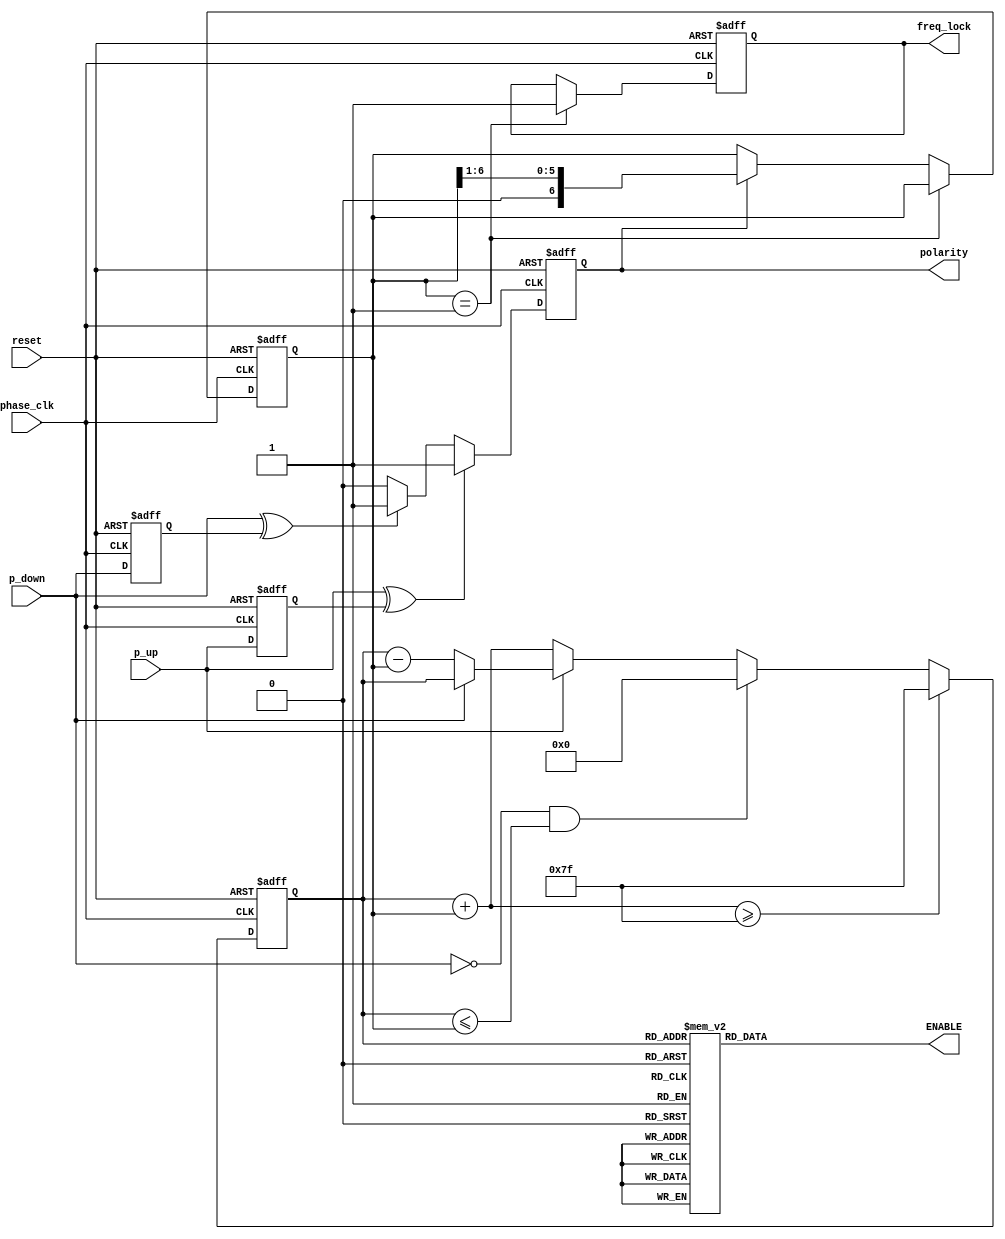
//------------------------------------------------------//
//- Advanced Digital IC Design                          //
//-                                                     //
//- Exercise: PLL Controller                            //
//------------------------------------------------------//

`timescale 1ns/1ps
module CONTROLLER(reset, phase_clk, p_up, p_down, 
                  ENABLE, freq_lock, polarity);

input	       reset, phase_clk;
input          p_up, p_down;
output reg [127:0]   ENABLE;
output reg        freq_lock;
output reg         polarity;

reg	[6:0]	step,dco_code;
reg		up,down;

parameter stride = 7'd32;
parameter CODE = 7'd64;
//Write Your PLL Controller Here

always@(negedge phase_clk or posedge reset)
begin
	if(reset)
		freq_lock <= 1'b0;
	else if(step == 1'b1)
		freq_lock <= 1'b1;
end

always@(negedge phase_clk or posedge reset)
begin
	if(reset)
		up <= 1'b0;
	else 
		up <= p_up;
end

always@(negedge phase_clk or posedge reset)
begin
	if(reset)
		down <= 1'b0;
	else 
		down <= p_down;
end

always@(negedge phase_clk or posedge reset)
begin
	if(reset)
		polarity <= 1'b1;
	else if(p_up ^ up)
		polarity <= 1'b1;
	else if(p_down ^ down)
		polarity <= 1'b1;
	else
		polarity <= 1'b0;
end

always@(negedge phase_clk or posedge reset)
begin
	if(reset)
		step <= stride;
	else if(step == 1'd1)
		step <= step;
	else if(polarity == 1'b1)
		step <= step >> 1;
end

always@(negedge phase_clk or posedge reset)
begin
	if(reset)
		dco_code <= CODE;
	else if((dco_code + step) >= 7'd127)
		dco_code <= 7'd127;
	else if((p_down == 1'd0)&&(dco_code<=step))
		dco_code <= 7'd0;
	else if(p_up == 1'd0)
		dco_code <= dco_code + step;
	else if(p_down == 1'd0)
		dco_code <= dco_code - step;
end

always@(*)begin
case(dco_code)
7'd0:ENABLE<=  128'h00000000000000000000000000000000;
7'd1:ENABLE<=  128'h00000000000000000000000000000001;
7'd2:ENABLE<=  128'h00000000000000000000000000000003;
7'd3:ENABLE<=  128'h00000000000000000000000000000007;
7'd4:ENABLE<=  128'h0000000000000000000000000000000f;
7'd5:ENABLE<=  128'h0000000000000000000000000000001f;
7'd6:ENABLE<=  128'h0000000000000000000000000000003f;
7'd7:ENABLE<=  128'h0000000000000000000000000000007f;
7'd8:ENABLE<=  128'h000000000000000000000000000000ff;
7'd9:ENABLE<=  128'h000000000000000000000000000001ff;
7'd10:ENABLE<= 128'h000000000000000000000000000003ff;
7'd11:ENABLE<= 128'h000000000000000000000000000007ff;
7'd12:ENABLE<= 128'h00000000000000000000000000000fff;
7'd13:ENABLE<= 128'h00000000000000000000000000001fff;
7'd14:ENABLE<= 128'h00000000000000000000000000003fff;
7'd15:ENABLE<= 128'h00000000000000000000000000007fff;
7'd16:ENABLE<= 128'h0000000000000000000000000000ffff;
7'd17:ENABLE<= 128'h0000000000000000000000000001ffff;
7'd18:ENABLE<= 128'h0000000000000000000000000003ffff;
7'd19:ENABLE<= 128'h0000000000000000000000000007ffff;
7'd20:ENABLE<= 128'h000000000000000000000000000fffff;
7'd21:ENABLE<= 128'h000000000000000000000000001fffff;
7'd22:ENABLE<= 128'h000000000000000000000000003fffff;
7'd23:ENABLE<= 128'h000000000000000000000000007fffff;
7'd24:ENABLE<= 128'h00000000000000000000000000ffffff;
7'd25:ENABLE<= 128'h00000000000000000000000001ffffff;
7'd26:ENABLE<= 128'h00000000000000000000000003ffffff;
7'd27:ENABLE<= 128'h00000000000000000000000007ffffff;
7'd28:ENABLE<= 128'h0000000000000000000000000fffffff;
7'd29:ENABLE<= 128'h0000000000000000000000001fffffff;
7'd30:ENABLE<= 128'h0000000000000000000000003fffffff;
7'd31:ENABLE<= 128'h0000000000000000000000007fffffff;
7'd32:ENABLE<= 128'h000000000000000000000000ffffffff;
7'd33:ENABLE<= 128'h000000000000000000000001ffffffff;
7'd34:ENABLE<= 128'h000000000000000000000003ffffffff;
7'd35:ENABLE<= 128'h000000000000000000000007ffffffff;
7'd36:ENABLE<= 128'h00000000000000000000000fffffffff;
7'd37:ENABLE<= 128'h00000000000000000000001fffffffff;
7'd38:ENABLE<= 128'h00000000000000000000003fffffffff;
7'd39:ENABLE<= 128'h00000000000000000000007fffffffff;
7'd40:ENABLE<= 128'h0000000000000000000000ffffffffff;
7'd41:ENABLE<= 128'h0000000000000000000001ffffffffff;
7'd42:ENABLE<= 128'h0000000000000000000003ffffffffff;
7'd43:ENABLE<= 128'h0000000000000000000007ffffffffff;
7'd44:ENABLE<= 128'h000000000000000000000fffffffffff;
7'd45:ENABLE<= 128'h000000000000000000001fffffffffff;
7'd46:ENABLE<= 128'h000000000000000000003fffffffffff;
7'd47:ENABLE<= 128'h000000000000000000007fffffffffff;
7'd48:ENABLE<= 128'h00000000000000000000ffffffffffff;
7'd49:ENABLE<= 128'h00000000000000000001ffffffffffff;
7'd50:ENABLE<= 128'h00000000000000000003ffffffffffff;
7'd51:ENABLE<= 128'h00000000000000000007ffffffffffff;
7'd52:ENABLE<= 128'h0000000000000000000fffffffffffff;
7'd53:ENABLE<= 128'h0000000000000000001fffffffffffff;
7'd54:ENABLE<= 128'h0000000000000000003fffffffffffff;
7'd55:ENABLE<= 128'h0000000000000000007fffffffffffff;
7'd56:ENABLE<= 128'h000000000000000000ffffffffffffff;
7'd57:ENABLE<= 128'h000000000000000001ffffffffffffff;
7'd58:ENABLE<= 128'h000000000000000003ffffffffffffff;
7'd59:ENABLE<= 128'h000000000000000007ffffffffffffff;
7'd60:ENABLE<= 128'h00000000000000000fffffffffffffff;
7'd61:ENABLE<= 128'h00000000000000001fffffffffffffff;
7'd62:ENABLE<= 128'h00000000000000003fffffffffffffff;
7'd63:ENABLE<= 128'h00000000000000007fffffffffffffff;
7'd64:ENABLE<= 128'h0000000000000000ffffffffffffffff;
7'd65:ENABLE<= 128'h0000000000000001ffffffffffffffff;
7'd66:ENABLE<= 128'h0000000000000003ffffffffffffffff;
7'd67:ENABLE<= 128'h0000000000000007ffffffffffffffff;
7'd68:ENABLE<= 128'h000000000000000fffffffffffffffff;
7'd69:ENABLE<= 128'h000000000000001fffffffffffffffff;
7'd70:ENABLE<= 128'h000000000000003fffffffffffffffff;
7'd71:ENABLE<= 128'h000000000000007fffffffffffffffff;
7'd72:ENABLE<= 128'h00000000000000ffffffffffffffffff;
7'd73:ENABLE<= 128'h00000000000001ffffffffffffffffff;
7'd74:ENABLE<= 128'h00000000000003ffffffffffffffffff;
7'd75:ENABLE<= 128'h00000000000007ffffffffffffffffff;
7'd76:ENABLE<= 128'h0000000000000fffffffffffffffffff;
7'd77:ENABLE<= 128'h0000000000001fffffffffffffffffff;
7'd78:ENABLE<= 128'h0000000000003fffffffffffffffffff;
7'd79:ENABLE<= 128'h0000000000007fffffffffffffffffff;
7'd80:ENABLE<= 128'h000000000000ffffffffffffffffffff;
7'd81:ENABLE<= 128'h000000000001ffffffffffffffffffff;
7'd82:ENABLE<= 128'h000000000003ffffffffffffffffffff;
7'd83:ENABLE<= 128'h000000000007ffffffffffffffffffff;
7'd84:ENABLE<= 128'h00000000000fffffffffffffffffffff;
7'd85:ENABLE<= 128'h00000000001fffffffffffffffffffff;
7'd86:ENABLE<= 128'h00000000003fffffffffffffffffffff;
7'd87:ENABLE<= 128'h00000000007fffffffffffffffffffff;
7'd88:ENABLE<= 128'h0000000000ffffffffffffffffffffff;
7'd89:ENABLE<= 128'h0000000001ffffffffffffffffffffff;
7'd90:ENABLE<= 128'h0000000003ffffffffffffffffffffff;
7'd91:ENABLE<= 128'h0000000007ffffffffffffffffffffff;
7'd92:ENABLE<= 128'h000000000fffffffffffffffffffffff;
7'd93:ENABLE<= 128'h000000001fffffffffffffffffffffff;
7'd94:ENABLE<= 128'h000000003fffffffffffffffffffffff;
7'd95:ENABLE<= 128'h000000007fffffffffffffffffffffff;
7'd96:ENABLE<= 128'h00000000ffffffffffffffffffffffff;
7'd97:ENABLE<= 128'h00000001ffffffffffffffffffffffff;
7'd98:ENABLE<= 128'h00000003ffffffffffffffffffffffff;
7'd99:ENABLE<= 128'h00000007ffffffffffffffffffffffff;
7'd100:ENABLE<=128'h0000000fffffffffffffffffffffffff;
7'd101:ENABLE<=128'h0000001fffffffffffffffffffffffff;
7'd102:ENABLE<=128'h0000003fffffffffffffffffffffffff;
7'd103:ENABLE<=128'h0000007fffffffffffffffffffffffff;
7'd104:ENABLE<=128'h000000ffffffffffffffffffffffffff;
7'd105:ENABLE<=128'h000001ffffffffffffffffffffffffff;
7'd106:ENABLE<=128'h000003ffffffffffffffffffffffffff;
7'd107:ENABLE<=128'h000007ffffffffffffffffffffffffff;
7'd108:ENABLE<=128'h00000fffffffffffffffffffffffffff;
7'd109:ENABLE<=128'h00001fffffffffffffffffffffffffff;
7'd110:ENABLE<=128'h00003fffffffffffffffffffffffffff;
7'd111:ENABLE<=128'h00007fffffffffffffffffffffffffff;
7'd112:ENABLE<=128'h0000ffffffffffffffffffffffffffff;
7'd113:ENABLE<=128'h0001ffffffffffffffffffffffffffff;
7'd114:ENABLE<=128'h0003ffffffffffffffffffffffffffff;
7'd115:ENABLE<=128'h0007ffffffffffffffffffffffffffff;
7'd116:ENABLE<=128'h000fffffffffffffffffffffffffffff;
7'd117:ENABLE<=128'h001fffffffffffffffffffffffffffff;
7'd118:ENABLE<=128'h003fffffffffffffffffffffffffffff;
7'd119:ENABLE<=128'h007fffffffffffffffffffffffffffff;
7'd120:ENABLE<=128'h00ffffffffffffffffffffffffffffff;
7'd121:ENABLE<=128'h01ffffffffffffffffffffffffffffff;
7'd122:ENABLE<=128'h03ffffffffffffffffffffffffffffff;
7'd123:ENABLE<=128'h07ffffffffffffffffffffffffffffff;
7'd124:ENABLE<=128'h0fffffffffffffffffffffffffffffff;
7'd125:ENABLE<=128'h1fffffffffffffffffffffffffffffff;
7'd126:ENABLE<=128'h3fffffffffffffffffffffffffffffff;
7'd127:ENABLE<=128'h7fffffffffffffffffffffffffffffff;
  endcase
end

endmodule